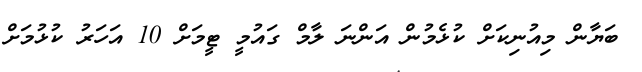
ބަޔާން މިއުނިކަށް ކުޅެމުން އަންނަ ލާމް ގައުމީ ޓީމަށް 10 އަހަރު ކުޅުމަށް